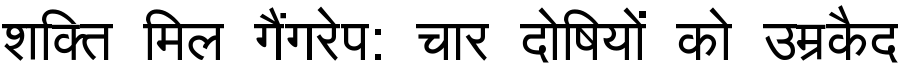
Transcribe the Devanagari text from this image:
शक्ति मिल गैंगरेप: चार दोषियों को उम्रकैद